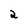
Character: 2